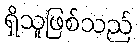
ရှိသူဖြစ်သည်